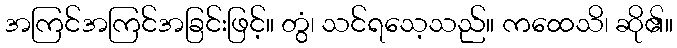
အကြင်အကြင်အခြင်းဖြင့်။ တွံ၊ သင်ရသေ့သည်။ ကထေသိ၊ ဆို၏။